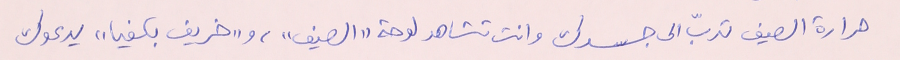
حرارة الصيف تدبّ الى جسدك وانت تشاهد لوحة "الصيف"، و"خريف بكفيا" يدعوك